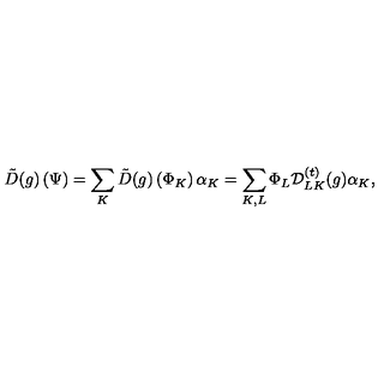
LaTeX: { \tilde { D } } ( g ) \left( \Psi \right) = \sum _ { K } { \tilde { D } } ( g ) \left( \Phi _ { K } \right) \alpha _ { K } = \sum _ { K , L } \Phi _ { L } { \cal D } _ { L K } ^ { ( t ) } ( g ) \alpha _ { K } ,